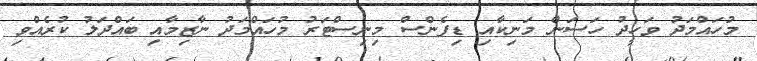
މުހައްމަދު ވަހީދު ހަސަން މަނިކާއި ޑިފެންސް މިނިސްޓަރު މުހައްމަދު ނާޒިމާއި ބައްދަލު ކުރެއްވި